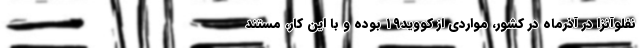
نفلوآنزا در آذرماه در کشور، مواردی از کووید۱۹ بوده و با این کار، مستند